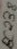
Text: BC238